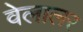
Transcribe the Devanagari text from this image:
वेलालर